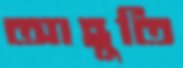
আহূতি